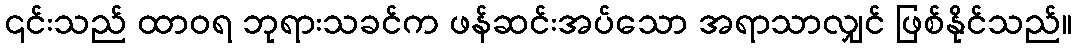
၎င်းသည် ထာဝရ ဘုရားသခင်က ဖန်ဆင်းအပ်သော အရာသာလျှင် ဖြစ်နိုင်သည်။